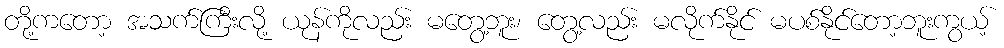
တို့ကတော့ အသက်ကြီးလို့ ယုန်ကိုလည်း မတွေ့ဘူး၊ တွေ့လည်း မလိုက်နိုင် မပစ်နိုင်တော့ဘူးကွယ့်